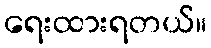
ရေးထားရတယ်။